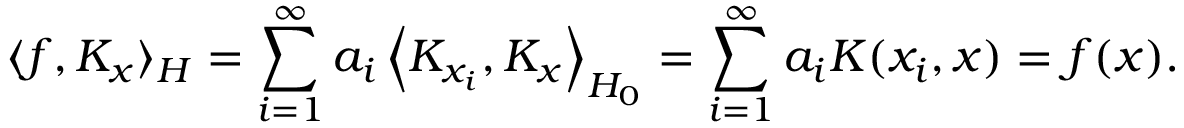
\langle f , K _ { x } \rangle _ { H } = \sum _ { i = 1 } ^ { \infty } a _ { i } \left\langle K _ { x _ { i } } , K _ { x } \right\rangle _ { H _ { 0 } } = \sum _ { i = 1 } ^ { \infty } a _ { i } K ( x _ { i } , x ) = f ( x ) .